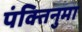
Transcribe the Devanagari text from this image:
पंक्तिनुमा